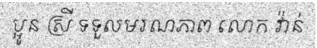
ប្អូន ស្រី ទទួលមរណភាព លោក វ៉ាន់